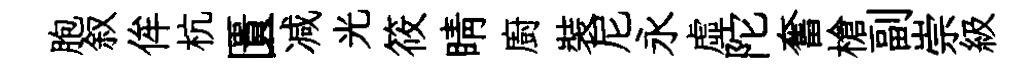
胞叙侔杭匱减光筱睛廚裝尼永虚陀奮槍副崇級